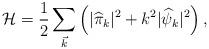
LaTeX: \begin{align*}{\cal H}=\frac{1}{2} \sum_{\vec{k}} \left( |{\widehat\pi}_k|^2 + k^2 |{\widehat\psi}_k|^2\right) ,\end{align*}